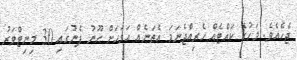
ޖެހެއެވެ. މަހުގެ ކައްޓެއް ހެރިއްޖެނަމަ އެތަނެއް އަވަހަށް ހޫނު ފެނުގައި 30 މިނިޓްވަރު